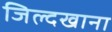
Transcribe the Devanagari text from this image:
जिल्दखाना